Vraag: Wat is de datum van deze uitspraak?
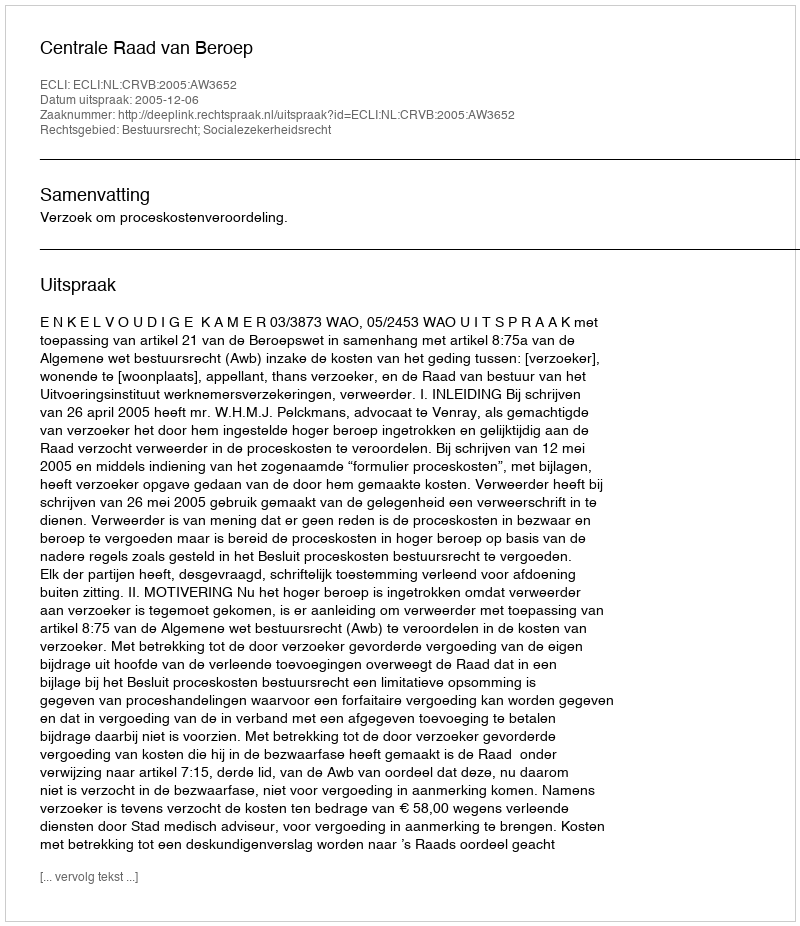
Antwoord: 2005-12-06